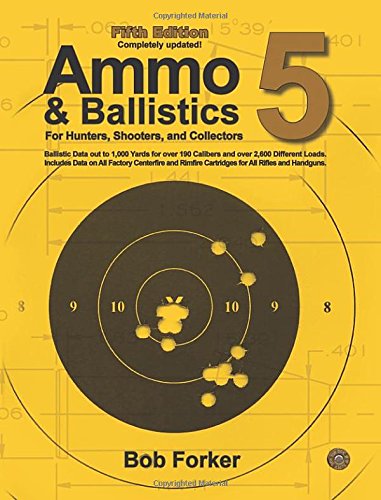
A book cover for Ammo & Ballistics 5: Ballistic Data out to 1,000 Yards for over 190 Calibers and over 2,600 Different Loads, Includes Data on All Factory Centerfire and Rimfire Cartridges for All Rifles and Handguns; Bob Forker; Sports & Outdoors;